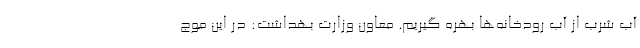
آب شرب از آب رودخانه‌ها بهره گیریم. معاون وزارت بهداشت: در این موج